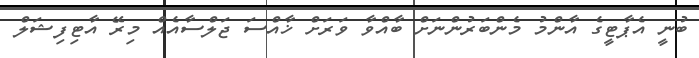
ބުނީ އެޕާޓީގެ އާންމު މެންބަރުންނަށް ބާއްވާ ވަރަށް ޚާއްސަ ޖަލްސާއެއް މިރޭ އާޓިފިޝަލް